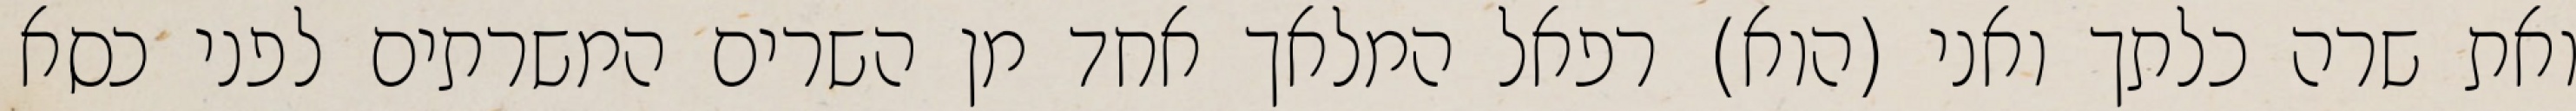
ואת שרה כלתך ואני (הוא) רפאל המלאך אחד מן השרים המשרתים לפני כסא